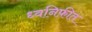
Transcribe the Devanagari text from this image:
ध्वनिफ़ीत